Report on the treatment of epidemic cholera: from information collected by the governments of Bengal, Madras, Bombay, N.W. Provinces, Punjab, Oudh, and Central India, by order of the Government of India
Disease focus: Cholera
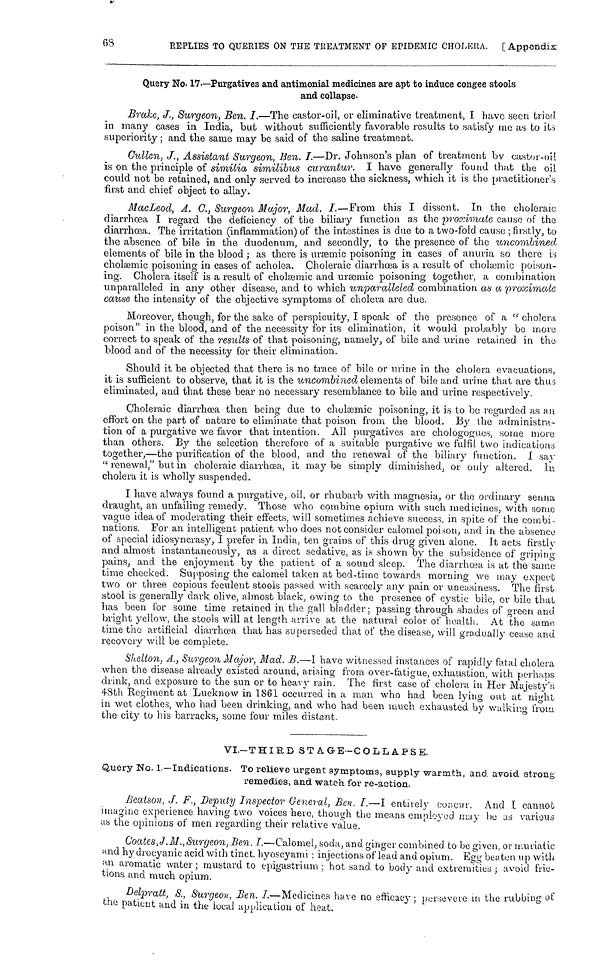
68
REPLIES TO QUERIES ON THE TREATMENT OF EPIDEMIC CHOLERA. [ Appendix
Query No. 17.—Purgatives and antimonial medicines are apt to induce congee stools
and collapse.
Brake, J., Surgeon, Ben. I.—The castor-oil, or eliminative treatment, I have seen tried
in many cases in India, but without sufficiently favorable results to satisfy me as to its
superiority ; and the same may be said of the saline treatment.
Cullen, J., Assistant Surgeon, Ben. I.—Dr. Johnson's plan of treatment by castor-oil
is on the principle of similia similibus curantur. I have generally found that the oil
could not be retained, and only served to increase the sickness, which it is the practitioner s
first and chief object to allay.
MacLeod, A. C., Surgeon Major, Mad. I.—From this I dissent. In the choleraic
diarrhœa I regard the deficiency of the biliary function as the proximate cause of the
diarrhœa. The irritation (inflammation) of the intestines is due to a two-fold cause ; firstly, to
the absence of bile in the duodenum, and secondly, to the presence of the uncombined
elements of bile in the blood ; as there is uræmic poisoning in cases of anuria so there is
cholæmic poisoning in cases of acholea. Choleraic diarrhœa is a result of cholæmic poison-
ing. Cholera itself is a result of cholæmic and uræmic poisoning together, a combination
unparalleled in any other disease, and to which unparalleled combination as a proximate
cause the intensity of the objective symptoms of cholera are due.
Moreover, though, for the sake of perspicuity, I speak of the presence of a "cholera
poison" in the blood, and of the necessity for its elimination, it would probably be more
correct to speak of the results of that poisoning, namely, of bile and urine retained in the
blood and of the necessity for their elimination.
Should it be objected that there is no trace of bile or urine in the cholera evacuations,
it is sufficient to observe, that it is the uncombined elements of bile and urine that are thus
eliminated, and that these bear no necessary resemblance to bile and urine respectively.
Choleraic diarrhœa then being due to cholæmic poisoning, it is to be regarded as an
effort on the part of nature to eliminate that poison from the blood. By the administra-
tion of a purgative we favor that intention. All purgatives are chologogues, some more
than others. By the selection therefore of a suitable purgative we fulfil two indications
together,—the purification of the blood, and the renewal of the biliary function. I say
" renewal," but in choleraic diarrhœa, it may be simply diminished, or only altered. In
cholera it is wholly suspended.
I have always found a purgative, oil, or rhubarb with magnesia, or the ordinary senna
draught, an unfailing remedy. Those who combine opium with such medicines, with some
vague idea of moderating their effects, will sometimes achieve success, in spite of the combi-
nations. For an intelligent patient who does not consider calomel poison, and in the absence
of special idiosyncrasy, I prefer in India, ten grains of this drug given alone. It acts firstly-
and almost instantaneously, as a direct sedative, as is shown by the subsidence of griping
pains, and the enjoyment by the patient of a sound sleep. The diarrhoea is at the same
time checked. Supposing the calomel taken at bed-time towards morning we may expect
two or three copious feculent stools passed with scarcely any pain or uneasiness. The first
stool is generally dark olive, almost black, owing to the presence of cystic bile, or bile that
has been for some time retained in the gall bladder; passing through shades of green and
bright yellow, the stools will at length arrive at the natural color of health. At the same
time the artificial diarrhœa that has superseded that of the disease, will gradually cease and
recovery will be complete.
Shelton, A., Surgeon Major, Mad. B.—I have witnessed instances of rapidly fatal cholera
when the disease already existed around, arising from over-fatigue, exhaustion, with perhaps
drink, and exposure to the sun or to heavy rain. The first case of cholera in Her Majesty's
48th Regiment at Lucknow in 1861 occurred in a man who had been lying out at night
in wet clothes, who had been drinking, and who had been much exhausted by walking from
the city to his barracks, some four miles distant.
VI.—THIRD STAGE—COLLAPSE.
Query No. 1.—Indications. To relieve urgent symptoms, supply warmth, and avoid strong
remedies, and watch for re-aetion.
Beatson, J. F., Deputy Inspector General, Ben. I.—I entirely concur. And I cannot
imagine experience having two voices here, though the means employed may he as various
us the opinions of men regarding their relative value.
Coates, J. M., Surgeon, Ben. I.—Calomel, soda, and ginger combined to be given, or muriatic
and hy drocyanic acid with tinct hyoseyami ; injections of lead and. opium. Egg beaten up with
an aromatic water ; mustard to epigastrium ; hot sand to body and extremities ; avoid fric-
tions and much opium.
Delpratt, S., Surgeon, Ben. I—Medicines have no efficacy; persevere in the rubbing of
the patient and in the local application of heat.